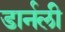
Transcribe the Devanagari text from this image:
डार्नली